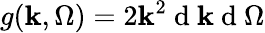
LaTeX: g(\mathbf{k},\Omega)=2\mathbf{k}^{2}\mathrm{{~d~}}\mathbf{k}\mathrm{{~d~}}\Omega